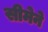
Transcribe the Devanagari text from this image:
सीमेने